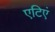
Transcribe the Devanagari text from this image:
एटिएं